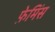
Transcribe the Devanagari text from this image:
फ़ेमिंस